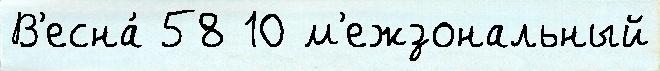
В'есна́ 58 10 м'ежзональный